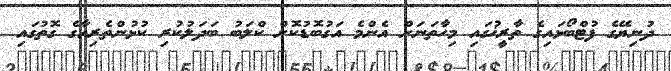
ދުނިޔޭގެ ފުޓްބޯޅައިގެ ތާރީޚުގައި މިހާތަނަށް އެންމެ އަގުބޮޑުކޮށް ކްލަބު ބަދަލުކުރި ކުޅުންތެރިއާގެ ގޮތުގައި